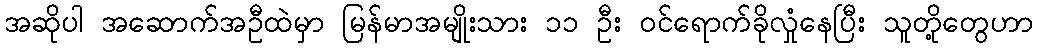
အဆိုပါ အဆောက်အဦထဲမှာ မြန်မာအမျိုးသား ၁၁ ဦး ဝင်ရောက်ခိုလှုံနေပြီး သူတို့တွေဟာ